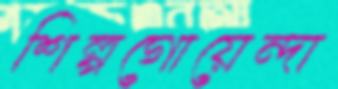
শিল্পগোয়েন্দা